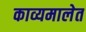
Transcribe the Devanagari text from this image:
काव्यमालेत